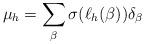
LaTeX: \begin{align*}\mu_h=\sum_\beta \sigma(\ell_h(\beta))\delta_\beta\end{align*}